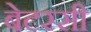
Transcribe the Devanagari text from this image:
बेटरसी